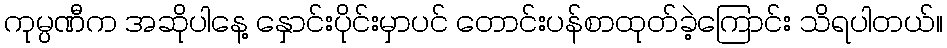
ကုမ္ပဏီက အဆိုပါနေ့ နှောင်းပိုင်းမှာပင် တောင်းပန်စာထုတ်ခဲ့ကြောင်း သိရပါတယ်။